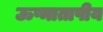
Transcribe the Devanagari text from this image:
ऊष्मातापीय